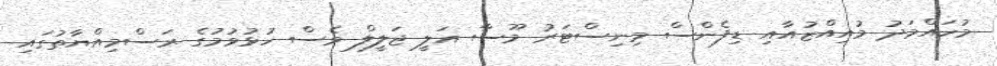
މުހައްމަދު މުއިއްޒުއާއި ޑިފެންސް މިނިސްޓަރު މޫސާ އަލީ ޖަލީލް ވެސް ހުޅުވުމުގެ ރަސްމިއްޔާތުގައި